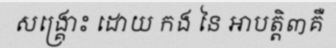
សង្គ្រោះ ដោយ កង នៃ អាបត្តិ៣គឺ